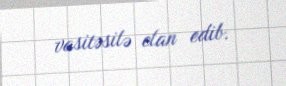
vasitəsilə elan edib.